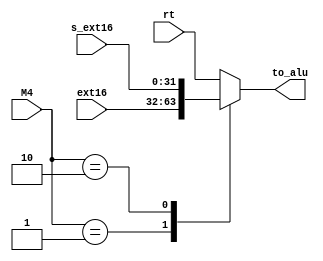
`timescale 1ns / 1ps
//////////////////////////////////////////////////////////////////////////////////
// Company: 
// Engineer: 
// 
// Design Name: 
// Module Name: MUX4
// Project Name: 
// Target Devices: 
// Tool Versions: 
// Description: 
// 
// Dependencies: 
// 
// Revision:
// Revision 0.01 - File Created
// Additional Comments:
// 
//////////////////////////////////////////////////////////////////////////////////


module MUX4(
    input [31 : 0] rt,//00
    input [31 : 0] ext16,//01
    input [31 : 0] s_ext16,//10
    input [1 : 0] M4,
    output reg [31 : 0] to_alu
    );
    always @(*)
    begin
    case(M4)
        2'b00: to_alu = rt;
        2'b01: to_alu = ext16;
        2'b10: to_alu = s_ext16;
        default:
        to_alu = rt;
   endcase
   end
endmodule